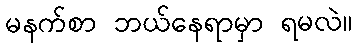
မနက်စာ ဘယ်နေရာမှာ ရမလဲ။